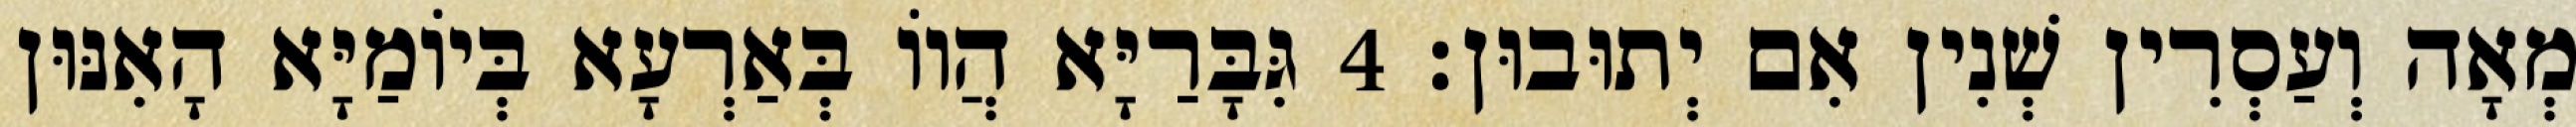
מְאָה וְעַסְרִין שְׁנִין אִם יְתוּבוּן׃ 4 גִּבָּרַיָּא הֲווֹ בְּאַרְעָא בְּיוֹמַיָּא הָאִנּוּן